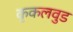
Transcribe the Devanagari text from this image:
कृकलवुड